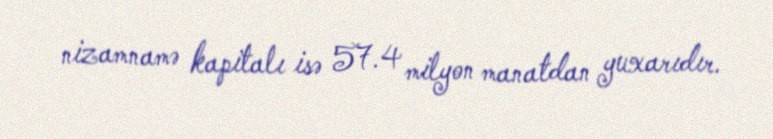
nizamnamə kapitalı isə 57.4 milyon manatdan yuxarıdır.